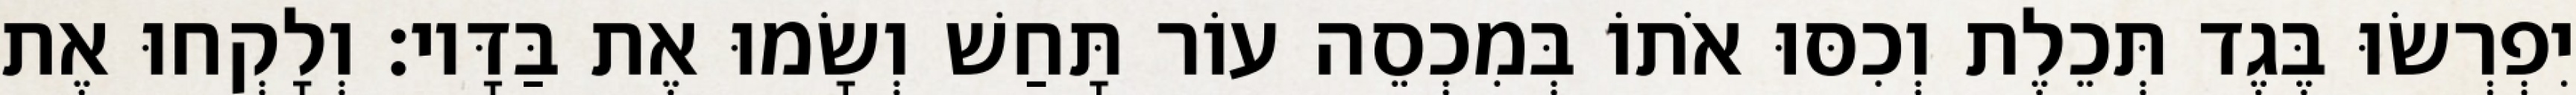
יִפְרְשׂוּ בֶּגֶד תְּכֵלֶת וְכִסּוּ אֹתוֹ בְּמִכְסֵה עוֹר תָּחַשׁ וְשָׂמוּ אֶת בַּדָּיו׃ וְלָקְחוּ אֶת